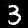
Digit: 3